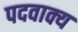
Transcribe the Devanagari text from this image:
पदवाक्य